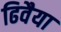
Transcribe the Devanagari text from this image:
ढिवैया